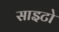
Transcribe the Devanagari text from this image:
साइटो